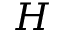
H